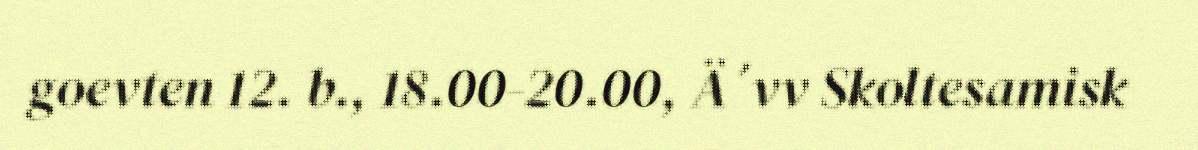
goevten 12. b., 18.00-20.00, Ä´vv Skoltesamisk